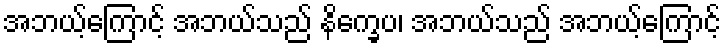
အဘယ့်ကြောင့် အဘယ်သည် နိက္ခေပ၊ အဘယ်သည် အဘယ့်ကြောင့်